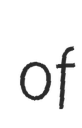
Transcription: of